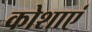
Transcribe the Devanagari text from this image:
कोशाएं